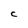
Character: C